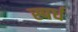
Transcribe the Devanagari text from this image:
स्पर्ध